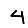
Digit: 4